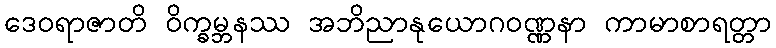
ဒေဝရာဇာတိ ဝိက္ခမ္ဘနဿ အဘိညာနုယောဂဝဏ္ဏနာ ကာမာစာရတ္တာ